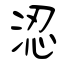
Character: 涊